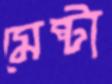
মেষ্টা